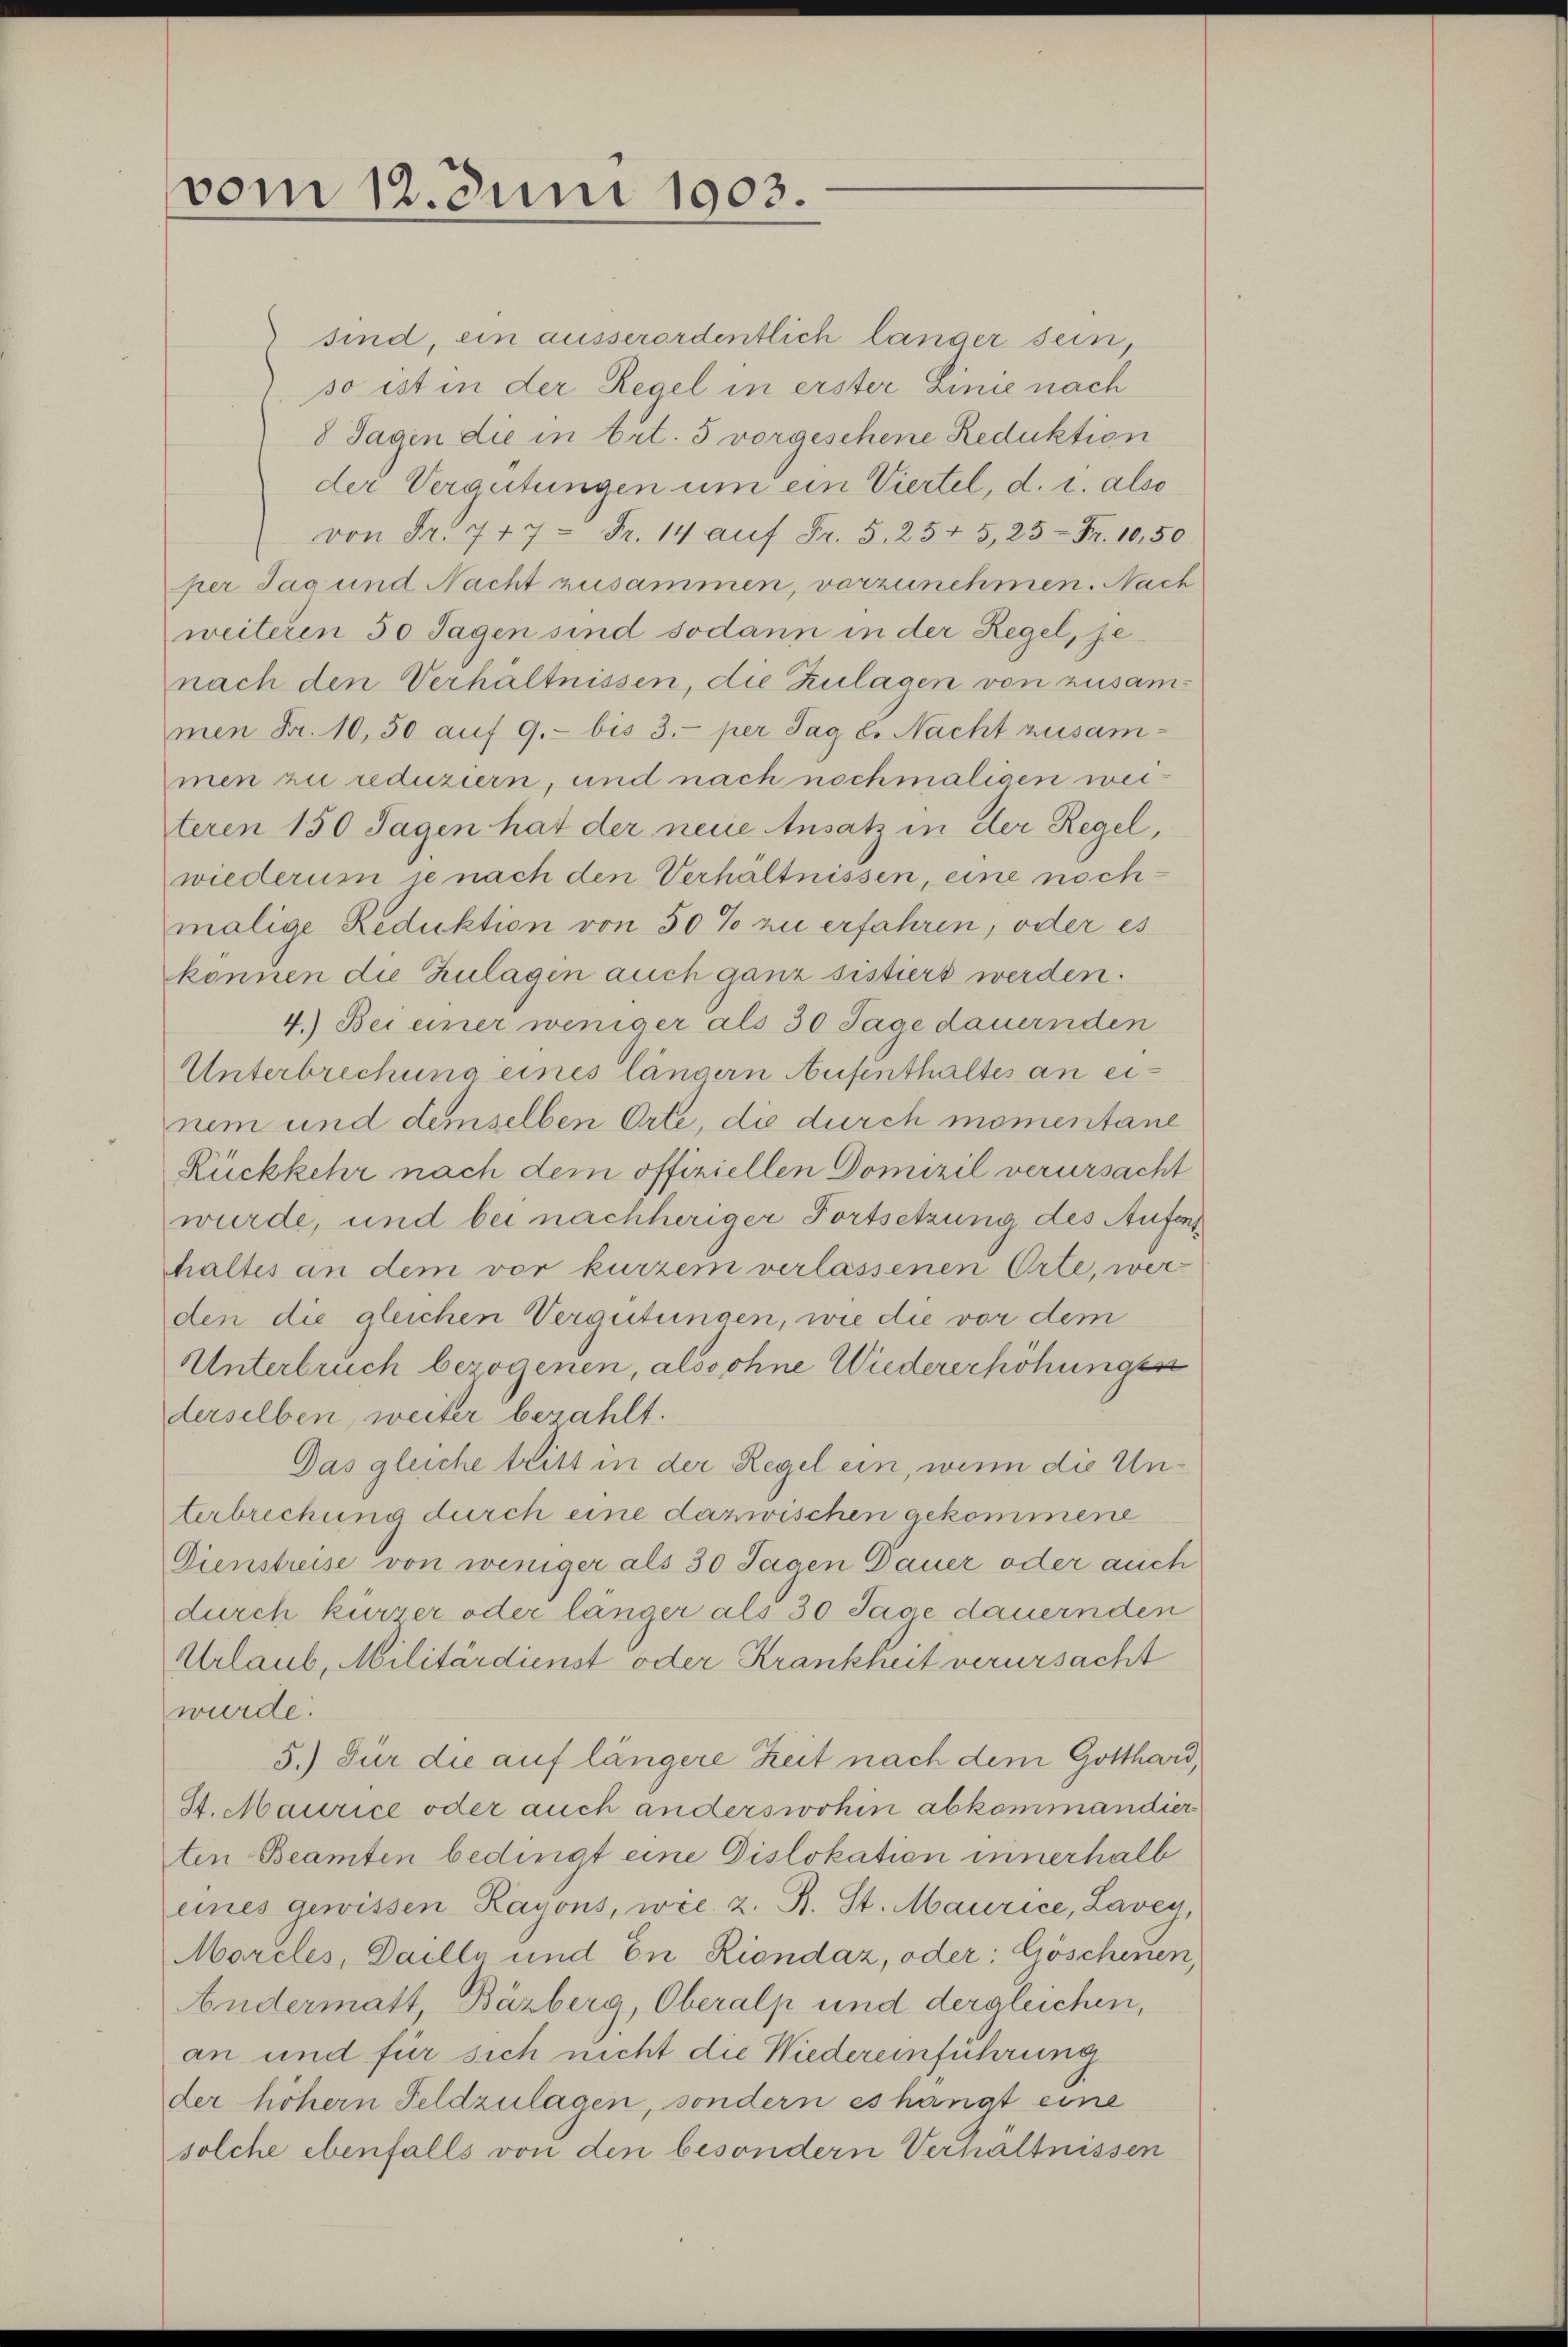
vom 12. Juni 1903.

sind, ein ausserordentlich länger sein,
so ist in der Regel in erster Linie nach
8 Tagen die in tit. 5 vorgeschene Reduktion
der Vergütungen um ein Viertel, d. i. also
von Fr. 747 - Fr. 14 aŭf Fr. 5. 2545, 25 Fr. 10,50
per Tag und Nacht zusammen, vorzunehmen. Nach
weiteren 50 Tagen sind sodann in der Regel, jenach den Verhältnissen, die Zulagen von zusammen Fr. 10,50 auf 9. bis 3. per Tag l. Nacht zusam-
men zu reduziern, und nach nochmaligen weiteren 150 Tagen hat der neue Ansatz in der Regel,
wiederum je nach den Verhältnissen, eine nochmalige Reduktion von 50% zu erfahren, oder es
können die Zulagen auch ganz sistiert werden.
4.) Bei einer weniger als 30 Tage dauernden
Unterbrechung eines längern Aufenthaltes an einem und demselben Orte, die durch momentane
Rückkehr nach dem offiziellen Domizil verursacht
wurde, und bei nachheriger Fortsetzung des Aufert
thaltes an dem vor kurzem verlassenen Orte, werden die gleichen Vergütungen, wie die vor dem
Unterbruch bezogenen, alssohne Wiedererhöhungen
derselben, weiter bezahlt.
Das gleiche tritt in der Regel ein, wenn die Unterbrechung durch eine dazwischen gekommene
Dienstreise von weniger als 30 Tagen Dauer oder auch
durch kürzer oder länger als 30 Tage dauernden
Urlaub, Militärdienst oder Krankheit verursacht
wurde.
5.) Für die auf längere Zeit nach dem Gotthard,
St. Maurice oder auch anderswohin abkommandier
ten Beamten bedingt eine Dislokation innerhalb
eines gewissen Rayons, wie z. B. St. Maurice, Lavey,
Morcles, Daille und En Riondaz, oder: Göschenen,
Andermatt, Bäzberg, Oberalp und dergleichen,
an und für sich nicht die Wiedereinführung
der höhern Feldzulagen, sondern es hängt eine
solche ebenfalls von den besondern Verhältnissen